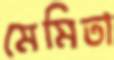
মেমিতা